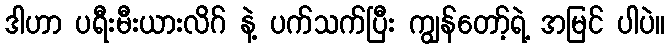
ဒါဟာ ပရီးမီးယားလိဂ် နဲ့ ပက်သက်ပြီး ကျွန်တော့်ရဲ့ အမြင် ပါပဲ။